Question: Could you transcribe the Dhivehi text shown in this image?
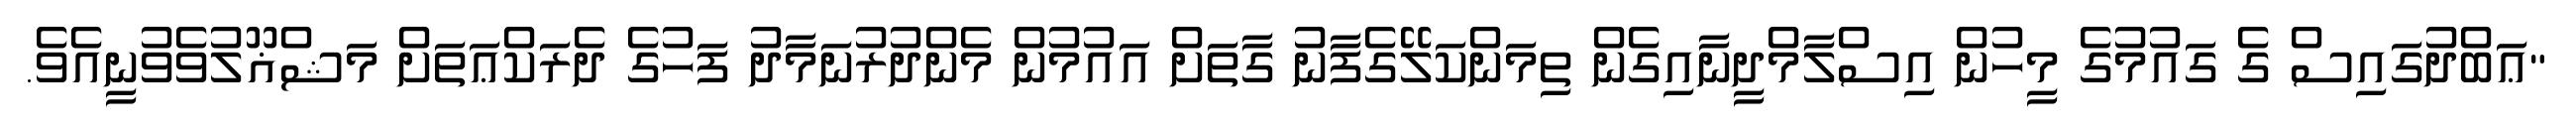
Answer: "ޢަބްދުގައިސް ގެ ގައުމުގެ މީހުން އިސްލާމްދީނާއިގެން ތިމަންކަލޭގެފާނު ގާތަށް އައުމުން މެންދުރުނަމާދު ފަހުގެ ދެރަކްޢަތަށް މަޝްޣޫލުވެވުނީއެވެ.